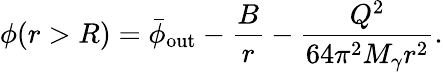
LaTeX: \phi(r>R)=\bar{\phi}_{\mathrm{out}}-\frac{B}{r}-\frac{Q^{2}}{64\pi^{2}M_{\gamma}r^{2}}.